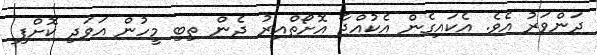
ދަންވަރު އެވެ. އެކައިގެން އެކުއްޖާ އޮށޯތްއިރު ދެން ތިބި މީހުން އަވަދި ކޮށްފި